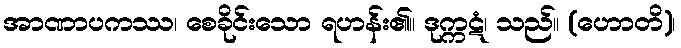
အာဏာပကဿ၊ စေခိုင်းသော ရဟန်း၏။ ဒုက္ကဋံ၊ သည်။ (ဟောတိ)၊